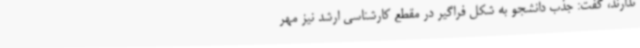
ندارند، گفت: جذب دانشجو به شکل فراگیر در مقطع کارشناسی ارشد نیز مهر